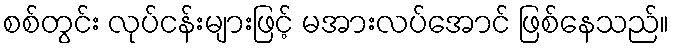
စစ်တွင်း လုပ်ငန်းများဖြင့် မအားလပ်အောင် ဖြစ်နေသည်။